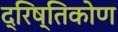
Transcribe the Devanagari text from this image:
द्रिष्तिकोण